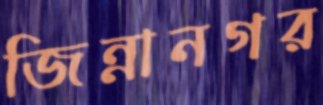
জিন্নানগর